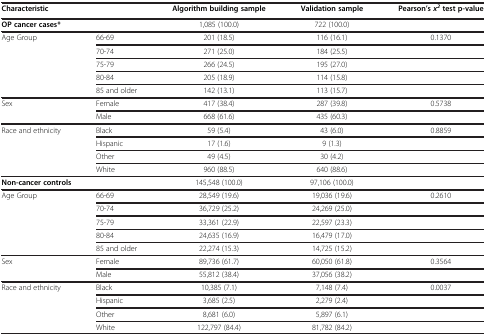
<table><thead><tr><td colspan="2"><b>Characteristic</b></td><td><b>Algorithm building sample</b></td><td><b>Validation sample</b></td><td><b>Pearson’s<i>x</i><sup><i>2</i></sup>test p-value</b></td></tr></thead><tbody><tr><td colspan="2"><b>OP cancer cases*</b></td><td>1,085 (100.0)</td><td>722 (100.0)</td><td> </td></tr><tr><td rowspan="5">Age Group</td><td>66-69</td><td>201 (18.5)</td><td>116 (16.1)</td><td>0.1370</td></tr><tr><td>70-74</td><td>271 (25.0)</td><td>184 (25.5)</td><td> </td></tr><tr><td>75-79</td><td>266 (24.5)</td><td>195 (27.0)</td><td> </td></tr><tr><td>80-84</td><td>205 (18.9)</td><td>114 (15.8)</td><td> </td></tr><tr><td>85 and older</td><td>142 (13.1)</td><td>113 (15.7)</td><td> </td></tr><tr><td rowspan="2">Sex</td><td>Female</td><td>417 (38.4)</td><td>287 (39.8)</td><td>0.5738</td></tr><tr><td>Male</td><td>668 (61.6)</td><td>435 (60.3)</td><td> </td></tr><tr><td rowspan="4">Race and ethnicity</td><td>Black</td><td>59 (5.4)</td><td>43 (6.0)</td><td>0.8859</td></tr><tr><td>Hispanic</td><td>17 (1.6)</td><td>9 (1.3)</td><td> </td></tr><tr><td>Other</td><td>49 (4.5)</td><td>30 (4.2)</td><td> </td></tr><tr><td>White</td><td>960 (88.5)</td><td>640 (88.6)</td><td> </td></tr><tr><td colspan="2"><b>Non-cancer controls</b></td><td>145,548 (100.0)</td><td>97,106 (100.0)</td><td> </td></tr><tr><td rowspan="5">Age Group</td><td>66-69</td><td>28,549 (19.6)</td><td>19,036 (19.6)</td><td>0.2610</td></tr><tr><td>70-74</td><td>36,729 (25.2)</td><td>24,269 (25.0)</td><td> </td></tr><tr><td>75-79</td><td>33,361 (22.9)</td><td>22,597 (23.3)</td><td> </td></tr><tr><td>80-84</td><td>24,635 (16.9)</td><td>16,479 (17.0)</td><td> </td></tr><tr><td>85 and older</td><td>22,274 (15.3)</td><td>14,725 (15.2)</td><td> </td></tr><tr><td rowspan="2">Sex</td><td>Female</td><td>89,736 (61.7)</td><td>60,050 (61.8)</td><td>0.3564</td></tr><tr><td>Male</td><td>55,812 (38.4)</td><td>37,056 (38.2)</td><td> </td></tr><tr><td rowspan="4">Race and ethnicity</td><td>Black</td><td>10,385 (7.1)</td><td>7,148 (7.4)</td><td>0.0037</td></tr><tr><td>Hispanic</td><td>3,685 (2.5)</td><td>2,279 (2.4)</td><td> </td></tr><tr><td>Other</td><td>8,681 (6.0)</td><td>5,897 (6.1)</td><td> </td></tr><tr><td>White</td><td>122,797 (84.4)</td><td>81,782 (84.2)</td><td> </td></tr></tbody></table>